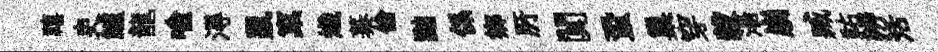
禧吏鱸龍喩淂鼠窠熾蓁倫黜係鄉𠩄闃蛩巢穿穀湯崩臧祐辨活